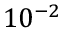
1 0 ^ { - 2 }